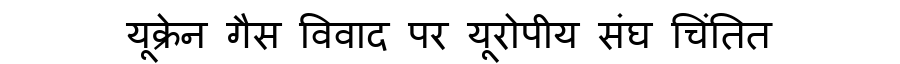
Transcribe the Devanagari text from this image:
यूक्रेन गैस विवाद पर यूरोपीय संघ चिंतित